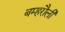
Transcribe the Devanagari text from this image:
बम्हरौली